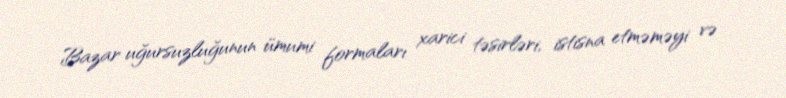
Bazar uğursuzluğunun ümumi formaları xarici təsirləri, istisna etməməyi və